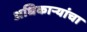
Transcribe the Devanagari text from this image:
अधिकार्‍यांचा